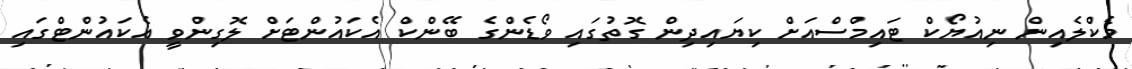
މެކްލެއިން ނިއުޔޯކް ޓައިމްސްއަށް ކިޔައިދިން ގޮތުގައި ވޯޑެންގެ ބޭންކް އެކައުންޓަށް ލޮގިންވީ އެކައުންޓްގައި